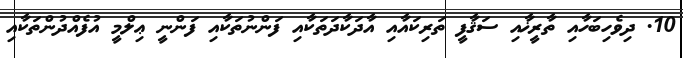
10. ދިވެހިބަހާއި ތާރީޚާއި ސަޤާފީ ތަރިކައާއި އާދަކާދަތަކާއި ފަންނުތަކާއި ފަންނީ ޢިލްމީ އުފެއްދުންތަކާއި